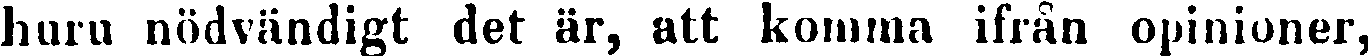
huru nödvändigt det är, att komma ifrån opinioner,